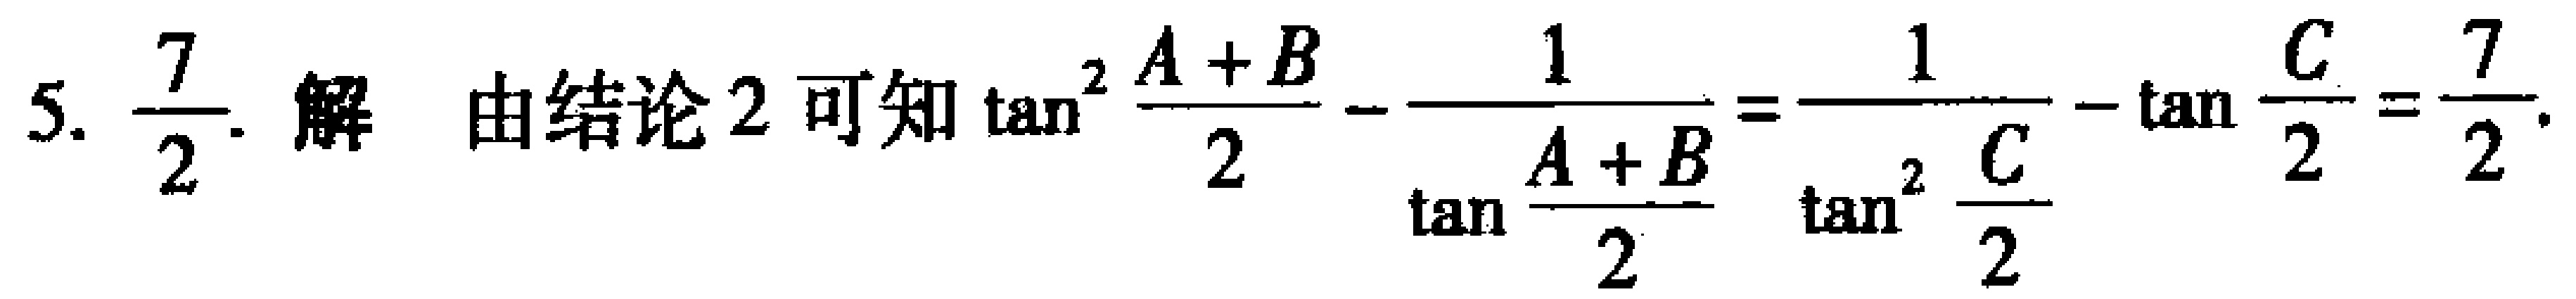
5. $\dfrac{7}{2}$. 解 由结论2可知$\tan^{2}\dfrac{A + B}{2}-\dfrac{1}{\tan\dfrac{A + B}{2}}=\dfrac{1}{\tan^{2}\dfrac{C}{2}}-\tan\dfrac{C}{2}=\dfrac{7}{2}$.